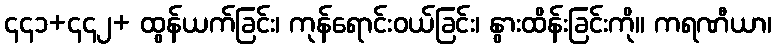
၄၄၁+၄၄၂+ ထွန်ယက်ခြင်း၊ ကုန်ရောင်းဝယ်ခြင်း၊ နွားထိန်းခြင်းကို။ ကရဏီယာ၊